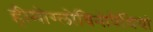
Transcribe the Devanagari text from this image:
हीमोग्लोबिनोपैथियां